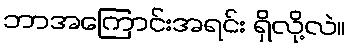
ဘာအကြောင်းအရင်း ရှိလို့လဲ။